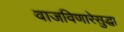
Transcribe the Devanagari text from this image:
वाजविणारेसुद्धा